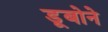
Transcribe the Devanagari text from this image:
डूबोने